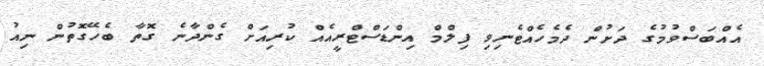
އެއްބަސްވުމުގެ ދަށުން ދެމެހެއްޓެނިވި ފިލްމް އިންޑަސްޓްރީއެއް ކުރިއަށް ގެންދާނެ ގޮތާ ބެހޭގޮތުން ނިއު